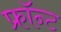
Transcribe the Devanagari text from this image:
फ्रॉन्ट